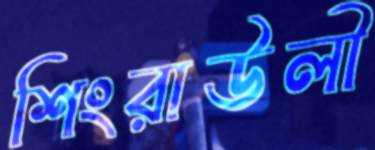
শিংরাউলী